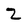
Character: 2